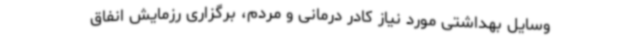
وسایل بهداشتی مورد نیاز کادر درمانی و مردم، برگزاری رزمایش انفاق